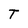
Character: T